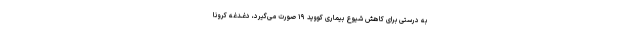
به درستی برای کاهش شیوع بیماری کووید ۱۹ صورت می‌گیرد، دغـدغه کرونا